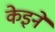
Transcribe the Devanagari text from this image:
केइने